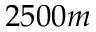
2 5 0 0 m